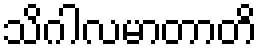
သိဂါလမာတာတိ